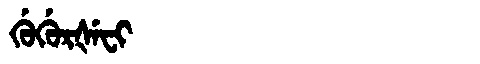
Manchu: ᡤᡠᡤᡠᡵᡧᡝᠸᡳ
Romanization: GUGURŠEFI